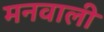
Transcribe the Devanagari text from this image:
मनवाली